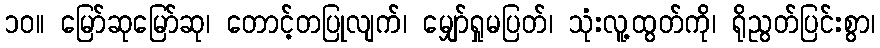
၁၀။ မြော်ဆုမြော်ဆု၊ တောင့်တပြုလျက်၊ မျှော်ရှုမပြတ်၊ သုံးလူ့ထွတ်ကို၊ ရိုညွတ်ပြင်းစွာ၊